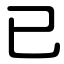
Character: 已